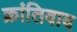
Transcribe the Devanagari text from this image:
क्रांतिवाद